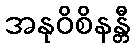
အနုဝိစိနန္တီ